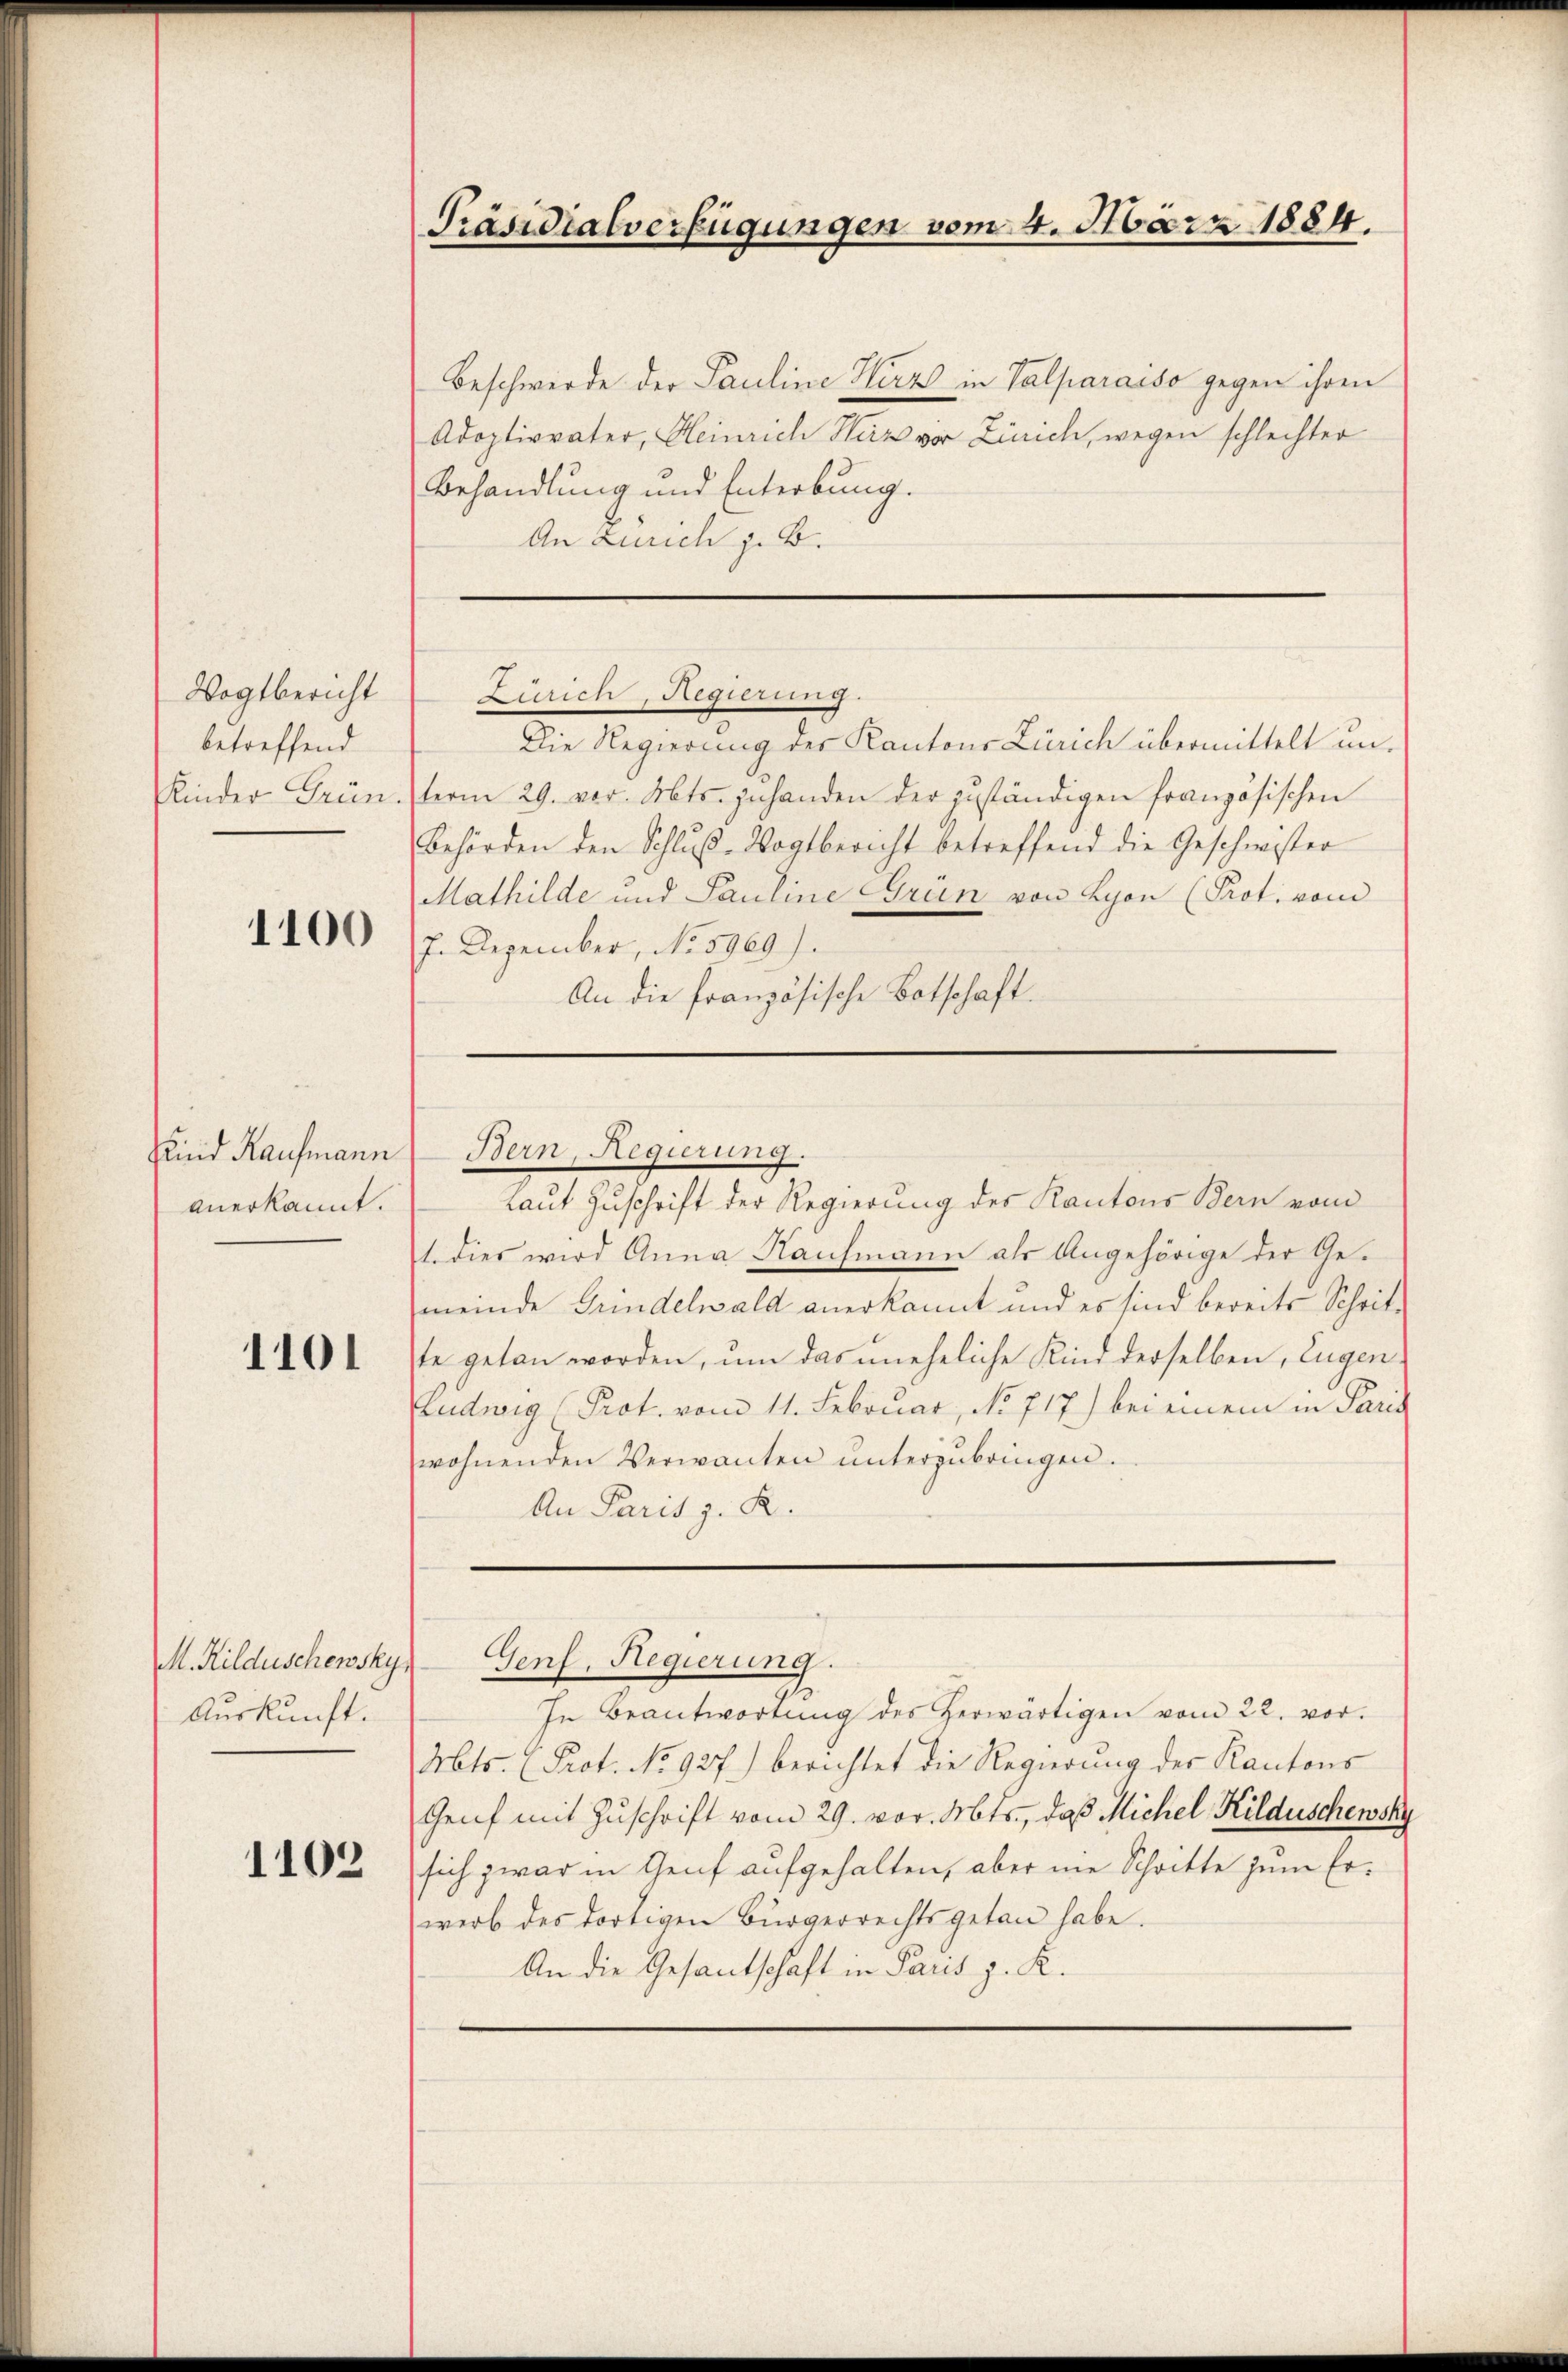
Wogtbericht
betreffend
Kinder Grün

1100

Kind Kaufmann
anerkannt.

1101

M. Hilduschewsky.
Auskunft.

1102

Beschwerde der Pauline Herz in Valparaiso gegen ihren
Adoptivvater, Heinrich Herz vor Zürich, wegen schlechter
Behandlung und Enterbung.
An Zürich z. B.

Präsidialverfügungen vom 4. März 1884.

Die Regierung der Kantons Zürich übermittelt unterm 29. vor. Abts. zuhanden der zuständigen französischen
Behörden den Schlŭβ-Vogtbericht betreffend die Geschwister
Mathilde und Pauline Grün von Lyon (Prot. vom
J. Dezember, No 5960).
An die französische Botschaft.
Bern, Regierung.
Laut Zuschrift der Regierung des Kantons Bern vom
1. dies wird Anna Kaufmann als Angehörige der Gemeinde Grindelwald anerkannt und es sind bereits Schritte getan worden, um das uneheliche Kind derselben, Eugen
Ludwig (Prot. vom 11. Februar, No 717) bei einem in Paris
wohnenden Verwanten unterzubringen.
An Paris z. R.

Zürich, Regierung.

Genf, Regierung.

In Beantwortŭng des herwärtigen vom 22. vor.
Abts. (Prot. No. 927) berichtet die Regierung der Kantons
Genf mit Zuschrift vom 29. vor. Mts., daß Michel Kilduschewsky
sich zwar in Genf aufgehalten, aber nie Schritte zum Erwerb des dortigen Bürgerrechtsgetan habe.
An die Gesantschaft in Paris z. K.